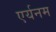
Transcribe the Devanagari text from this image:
एर्यनम